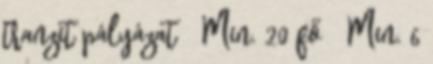
tranzit pályázat  Min. 20 fő  Min. 6